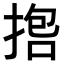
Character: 𪮇